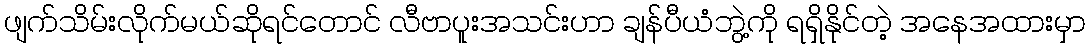
ဖျက်သိမ်းလိုက်မယ်ဆိုရင်တောင် လီဗာပူးအသင်းဟာ ချန်ပီယံဘွဲ့ကို ရရှိနိုင်တဲ့ အနေအထားမှာ